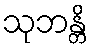
သုဘန္တိ